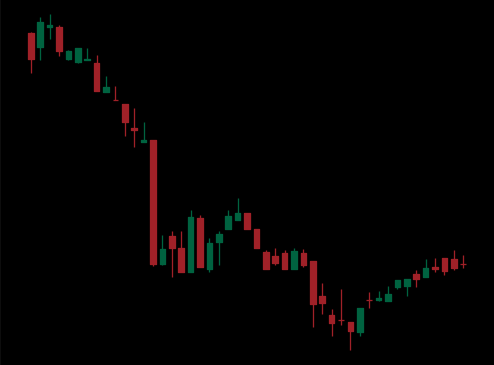
Pattern: bull_flag